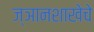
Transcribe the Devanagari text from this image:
ज्ञानशाखेचे